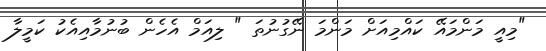
"މިއީ މަންމައޭ ކައްމިއަށް މަންމަ ނޭގުނުތަ " ލިއަމް އެހެން ބުނުމާއިއެކު ކަމީލާ